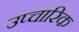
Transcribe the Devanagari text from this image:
उप्चारिक